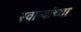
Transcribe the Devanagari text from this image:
स्वाऱ्यांच्या